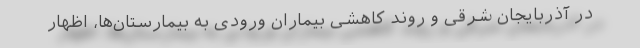
در آذربایجان شرقی و روند کاهشی بیماران ورودی به بیمارستان‌ها، اظهار